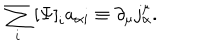
LaTeX: \sum _ { i } \left[ \Psi \right] _ { i } a _ { \alpha i } \equiv \partial _ { \mu } j _ { \alpha } ^ { \mu } .